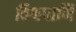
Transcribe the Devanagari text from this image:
विश्वपाणि